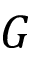
G